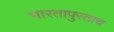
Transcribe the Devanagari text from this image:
भारतापुरताच